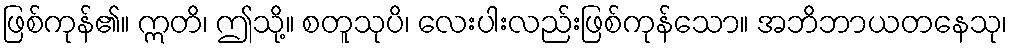
ဖြစ်ကုန်၏။ ဣတိ၊ ဤသို့။ စတူသုပိ၊ လေးပါးလည်းဖြစ်ကုန်သော။ အဘိဘာယတနေသု၊